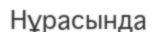
Нұрасында